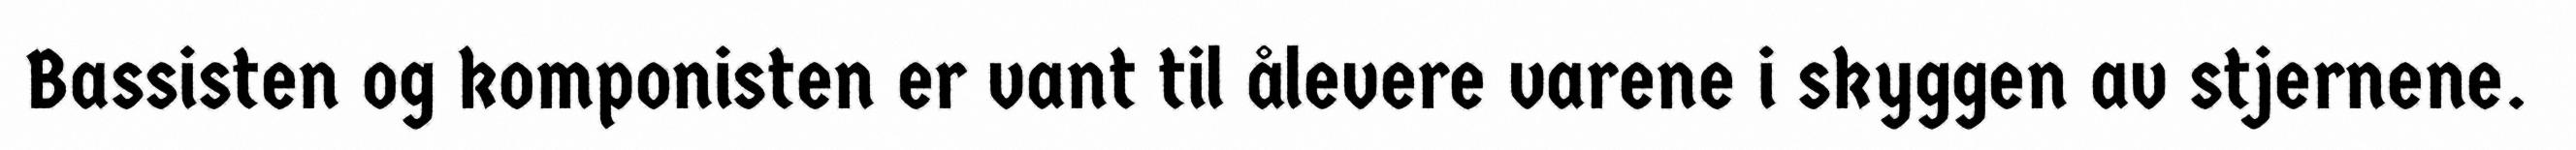
Bassisten og komponisten er vant til ålevere varene i skyggen av stjernene.